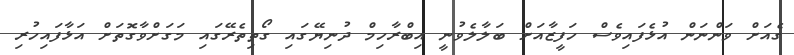
ގެއަށް ވަންނަން އުޅެފައިވެސް ހަފީޒާއަށް ބަލާލެވުނީ އިބްރާހިމް ދުނިޔޭގައި ގޯތިތެރޭގައި މަގަށްވާގޮތަށް އަޅާފައިހުރި